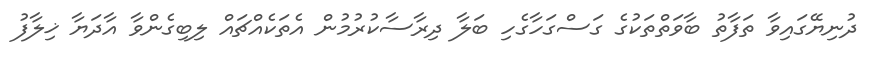
ދުނިޔޭގައިވާ ތަފާތު ބާވަތްތަކުގެ ގަސްގަހާގެހި ބަލާ ދިރާސާކުރުމުން އެތަކެއްޗައް ލިބިގެންވާ އާދަޔާ ޚިލާފު